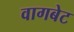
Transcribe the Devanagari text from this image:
वागबेट